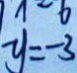
y = - 3